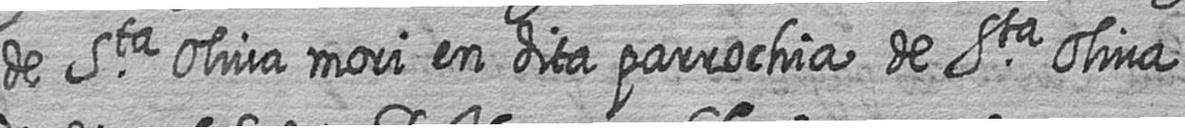
de Sta Oliva mori en dita parrochia de Sta Oliva